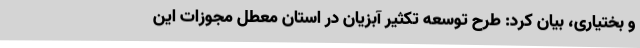
و بختیاری، بیان کرد: طرح توسعه تکثیر آبزیان در استان معطل مجوزات این